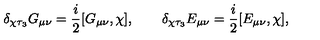
\delta _ { \chi \tau _ { 3 } } G _ { \mu \nu } = \frac i 2 [ G _ { \mu \nu } , \chi ] , \qquad \delta _ { \chi \tau _ { 3 } } E _ { \mu \nu } = \frac i 2 [ E _ { \mu \nu } , \chi ] ,